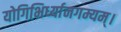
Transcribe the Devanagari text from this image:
योगिभिर्ध्यानगम्यम्।